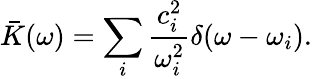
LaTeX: \bar{K}(\omega)=\sum_{i}\frac{c_{i}^{2}}{\omega_{i}^{2}}\delta(\omega-\omega_{i}).